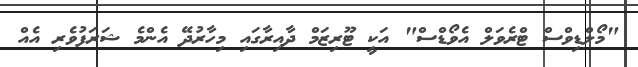
"މޯލްޑިވްސް ޓްރެވަލް އެވޯޑްސް" އަކީ ޓޫރިޒަމް ދާއިރާގައި މިހާރުދޭ އެންމެ ޝަރަފުވެރި އެއް